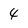
Character: 4